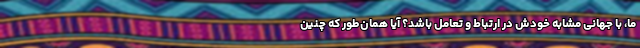
ما، با جهانی مشابه خودش در ارتباط و تعامل باشد؟ آیا همان‌طور که چنین